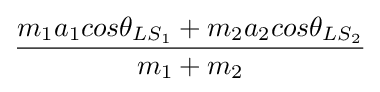
{\frac {m_{1}a_{1}cos\theta _{LS_{1}}+m_{2}a_{2}cos\theta _{LS_{2}}}{m_{1}+m_{2}}}